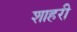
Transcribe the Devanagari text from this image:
शाहरी